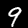
Label: 9